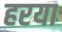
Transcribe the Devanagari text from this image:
हरया